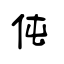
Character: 伅